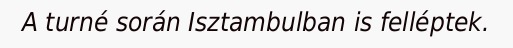
A turné során Isztambulban is felléptek.